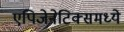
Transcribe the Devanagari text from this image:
एपिजेनेटिक्समध्ये